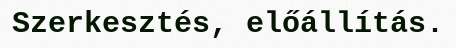
Szerkesztés, előállítás.